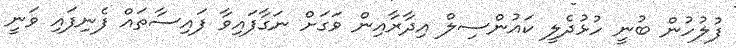
ފުލުހުން ބުނީ ހުޅުދެލީ ކައުންސިލް އިދާރާއިން ވަގަށް ނަގާފައިވާ ފައިސާތައް ފެނިފައި ވަނީ